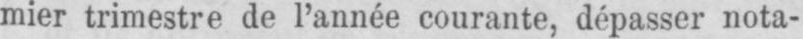
mier trimestre de l’année courante, dépasser nota-